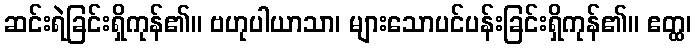
ဆင်းရဲခြင်းရှိကုန်၏။ ဗဟုပါယာသာ၊ များသောပင်ပန်းခြင်းရှိကုန်၏။ ဧတ္ထ၊